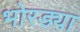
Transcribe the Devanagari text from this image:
भोरड्या